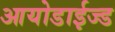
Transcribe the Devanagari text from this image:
आयोडाईज्ड